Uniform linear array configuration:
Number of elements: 4
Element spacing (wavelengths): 0.5
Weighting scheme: uniform
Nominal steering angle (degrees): -15
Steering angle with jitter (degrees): -14.824
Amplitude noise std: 0.05
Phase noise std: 0.05

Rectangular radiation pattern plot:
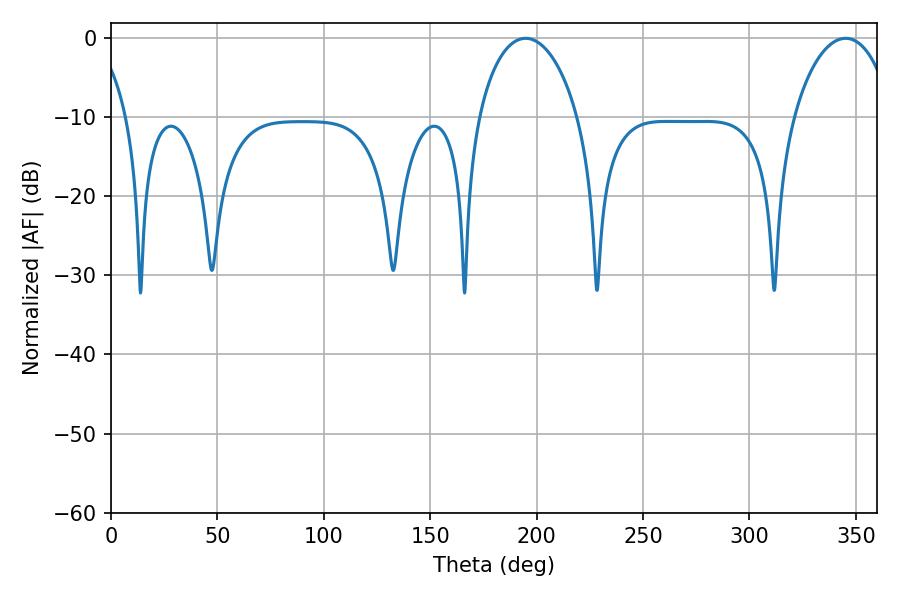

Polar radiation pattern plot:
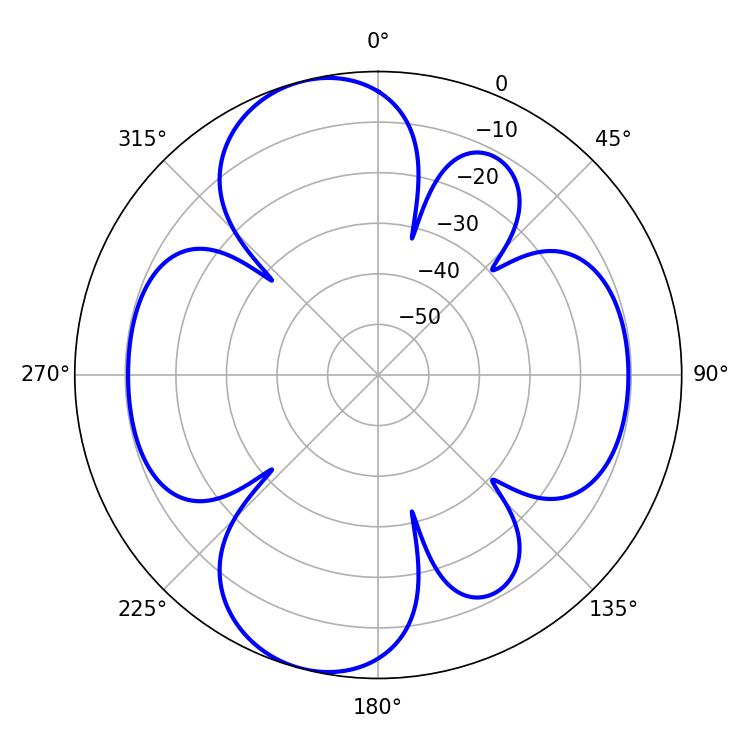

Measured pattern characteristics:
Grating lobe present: FALSE
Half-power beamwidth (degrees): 26.82
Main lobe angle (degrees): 194.76